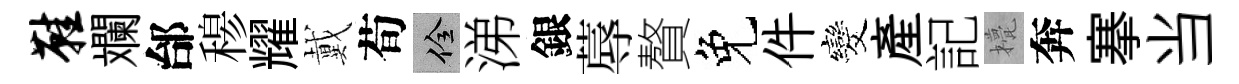
鞋斕邰𥠇耀戴荀佺涕銀蓐贅免件发產記甍奔搴当